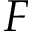
F